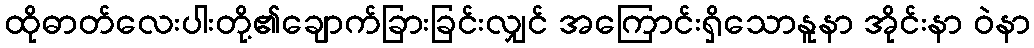
ထိုဓာတ်လေးပါးတို့၏ချောက်ခြားခြင်းလျှင် အကြောင်းရှိသောနူနာ အိုင်းနာ ဝဲနာ